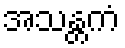
အသန္တကံ